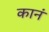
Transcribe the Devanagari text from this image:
कानं